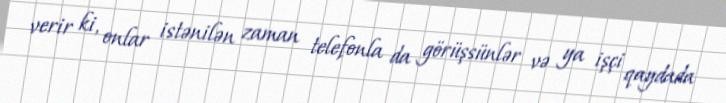
verir ki, onlar istənilən zaman telefonla da görüşsünlər və ya işçi qaydada